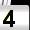
Digit: 4